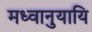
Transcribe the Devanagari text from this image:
मध्वानुयायि